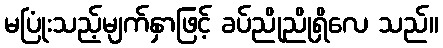
မပြုံးသည့်မျက်နှာဖြင့် ခပ်ညိုညိုရှိလေ သည်။